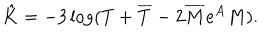
\hat { K } = - 3 \log ( T + \overline { { T } } - 2 \overline { { M } } e ^ { A } M ) .